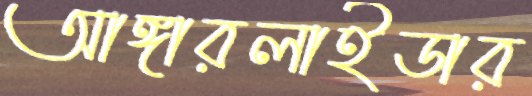
আঙ্গারলাইডার